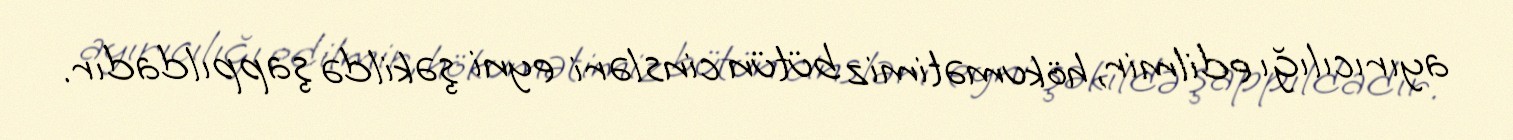
ayırıcılığı edilmir, hökumətimiz bütün cinsləri eyni şəkildə şappıldadır.